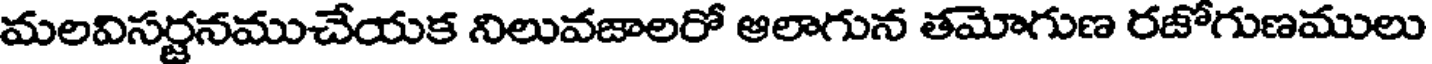
మలవిసర్జనముచేయక నిలువజాలరో ఆలాగున తమోగుణ రజోగుణములు